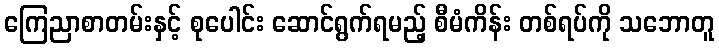
ကြေညာစာတမ်းနှင့် စုပေါင်း ဆောင်ရွက်ရမည့် စီမံကိန်း တစ်ရပ်ကို သဘောတူ